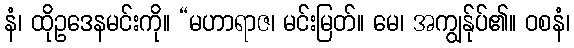
နံ၊ ထိုဥဒေနမင်းကို။ “မဟာရာဇ၊ မင်းမြတ်။ မေ၊ အကျွန်ုပ်၏။ ဝစနံ၊